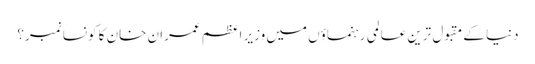
دنیا کے مقبول ترین عالمی رہنماؤں میں وزیر اعظم عمران خان کا کونسا نمبر؟